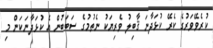
ކުރެވޭވަރުގެ ކެރޭ ކުޅަދާނަ ޤާބިލު ވެރިޔަކު ނެތުމުގެ ސަބަބުން އެ ކުޅަދާނަކަން މި